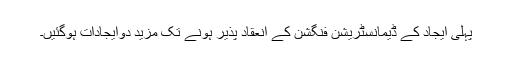
پہلی ایجاد کے ڈیمانسٹریشن فنگشن کے انعقاد پذیر ہونے تک مزید دوایجادات ہوگئیں۔